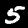
Digit: 5